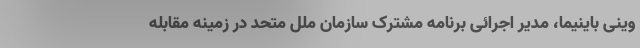
وینی باینیما، مدیر اجرائی برنامه مشترک سازمان ملل متحد در زمینه مقابله